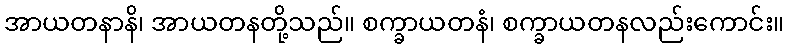
အာယတနာနိ၊ အာယတနတို့သည်။ စက္ခာယတနံ၊ စက္ခာယတနလည်းကောင်း။